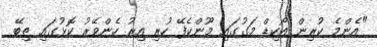
"އެންމެ ކުރިން އޯކިޑް މަގުގައި މޫންކެފޭ ހުރި އިރު ހެންވޭރު ކޮޅުގައި ތިބޭ